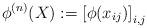
LaTeX: \begin{align*} \phi^{(n)}(X):= \left[\phi(x_{ij}) \right]_{i,j}\end{align*}